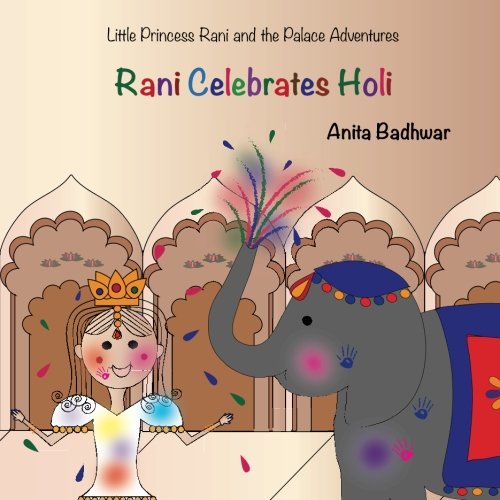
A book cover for Rani Celebrates Holi (Little Princess Rani and the Palace Adventures); Anita Badhwar; Children's Books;